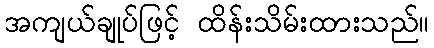
အကျယ်ချုပ်ဖြင့် ထိန်းသိမ်းထားသည်။